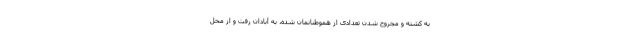
به کشته و مجروح شدن تعدادی از هموطنانمان شده، به آبادان رفت و از محل